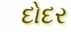
દોદર